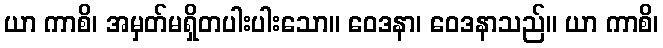
ယာ ကာစိ၊ အမှတ်မရှိတပါးပါးသော။ ဝေဒနာ၊ ဝေဒနာသည်။ ယာ ကာစိ၊